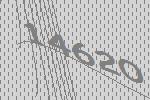
14620